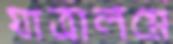
যাত্রালগ্নে